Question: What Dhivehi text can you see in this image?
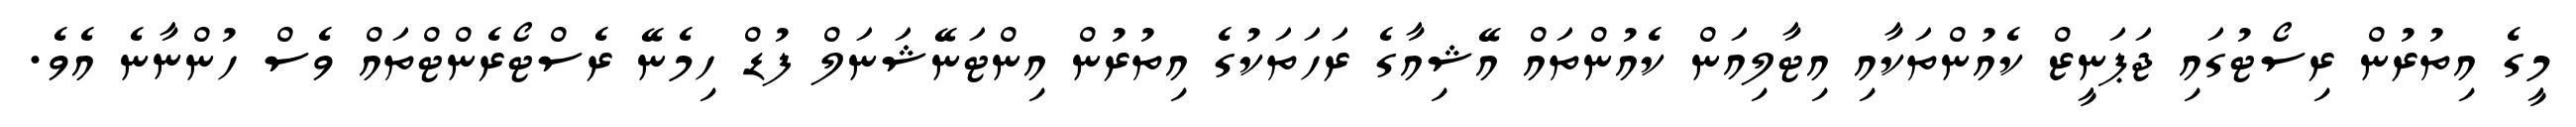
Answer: މީގެ އިތުރުން ރިސޯޓުގައި ޖަޕަނީޒް ކެއުންތަކާއި އިޓާލިއަން ކެއުންތައް އޭޝިއާގެ ރަހަތަކުގެ އިތުރުން އިންޓަނޭޝަނަލް ފުޑް ހިމެނޭ ރެސްޓޯރެންޓްތައް ވެސް ހުންނާނެ އެވެ.